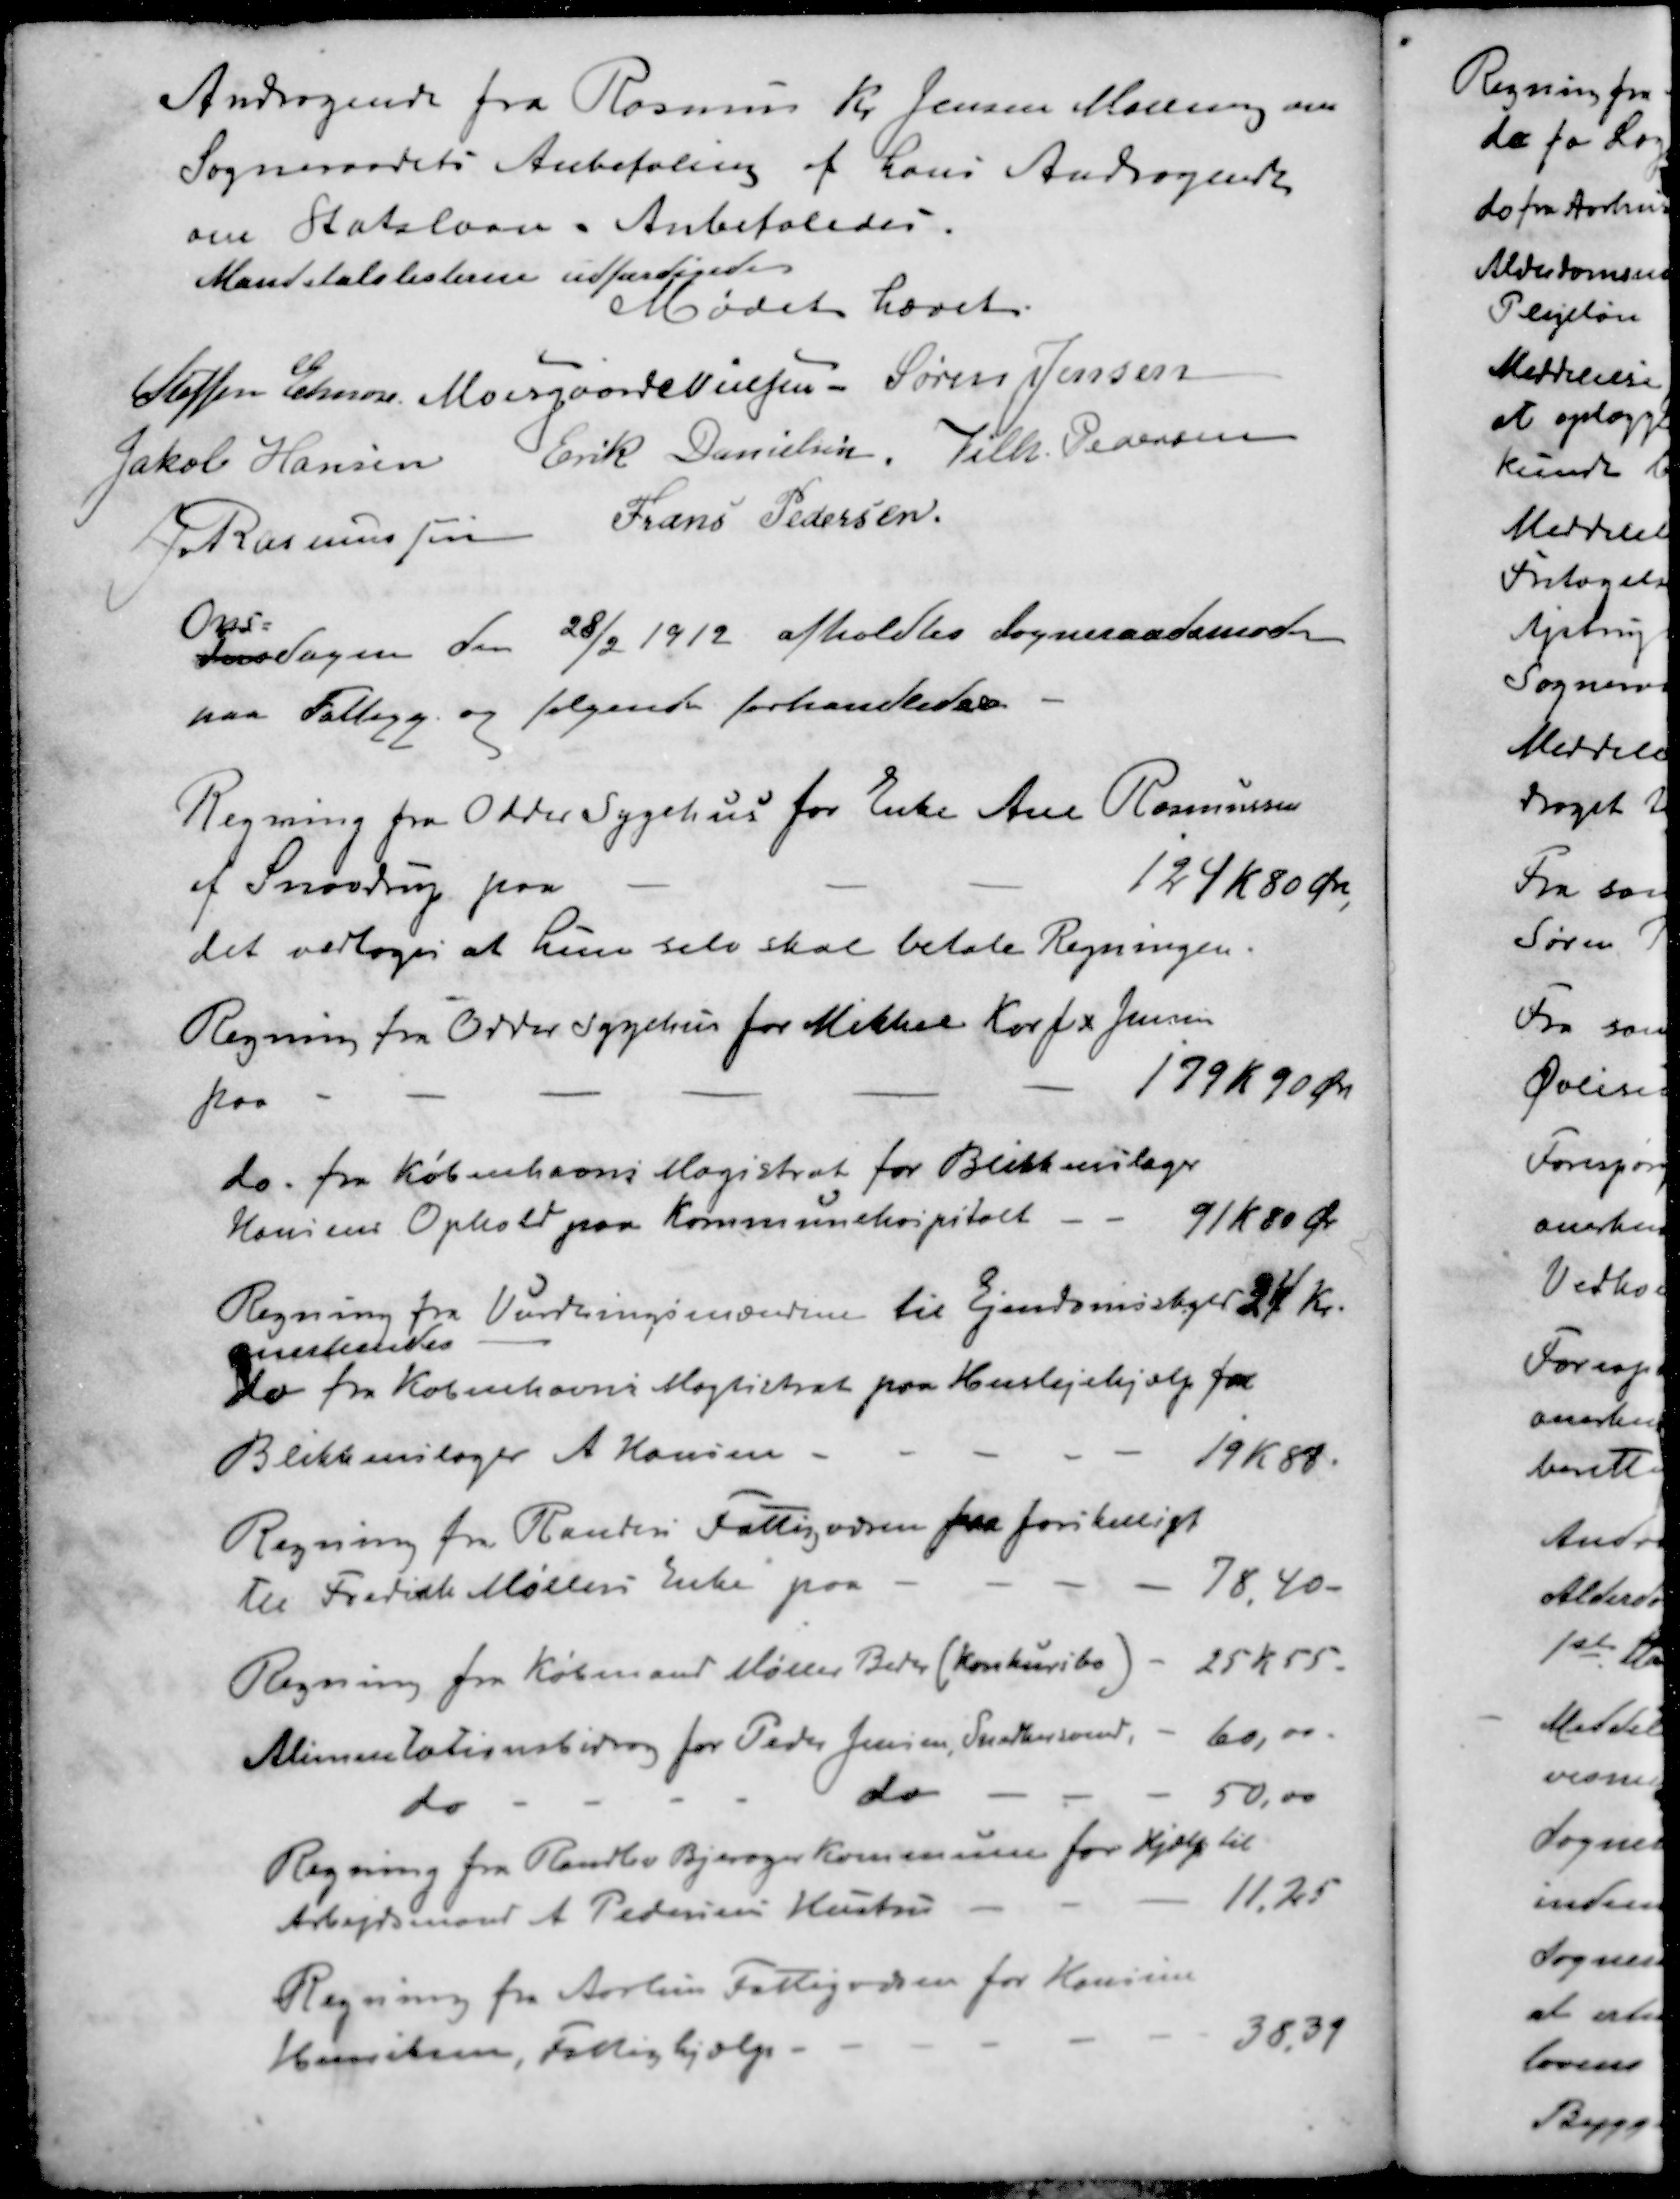
Transskription:
Andragende fra Rasmus Kr. Jensen Malling om
Sogneraadets Anbefaling af hans Andragende
om Statslaan - Anbefaledes.
Mandstalslisterne udfærdigede
Mødet hævet
Steffen Elmose
Moesgaard Nielsen
Søren Jensen
Jakob Hansen
Erik Danielsen
Vilh. Pedersen
J Rasmussen
Frans Pedersen
Ons-
Torsdagen den 28/2 1912 afholdtes Sogneraadsmøde
paa Fattigg. og følgende forhandledes
Regning fra Odder Sygehus for Enke Ane Rasmussen
af Snovdrup paa
124 Kr 80 Øre
det vedtoges at hun selv skal betale Regningen.
Regning fra Odder Sygehus for Mikker Korfix Jensen
paa
179 Kr 90 Øre
do fra Københavns Magistrat for Blikkenslager
Hansens Ophold paa Kommunehospitalt
91 kr 80 Øre
Regning fra Vurderingsmændene til Ejendomsskyld 24 Kr.
anerkendes
do fra Københavns Magistrat paa Huslejehjælp for
Blikkenslager A Hansen
19 Kr. 88.
Regning fra Randers Fattigvæsen paa forskelligt
til Fredrich Møllers Enke paa
78,40
Regning fra Købmand Møller Beder (konkursbo
25 K 15.
Alimentationsbidrag for Peder Jensen, Snedkersvend
60,00
do do - -
50,00
Regning fra Randlev Bjerager Kommune for Hjælp til
Arbejdsmand A Pedersens Hustru
11,25
Regning fra Aarhus Fattigvæsen for Konsine
Henriksen, Fattighjælp.
38,39